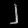
Digit: ၂